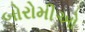
બોરોમીઓ